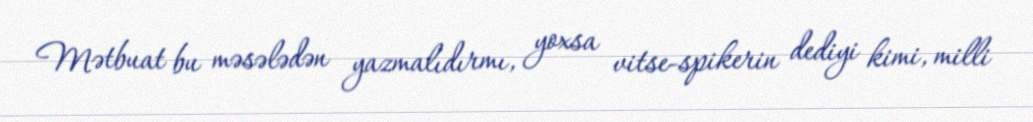
Mətbuat bu məsələdən yazmalıdırmı, yoxsa vitse-spikerin dediyi kimi, milli